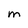
Character: M